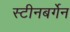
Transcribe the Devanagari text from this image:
स्टीनबर्गेन